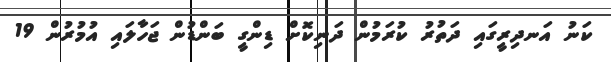
ކަނު އަނދިރީގައި ދަތުރު ކުރަމުން ދަނިކޮށް ޑިންގީ ބަންޑުން ޖަހާލައި އުމުރުން 19